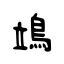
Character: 鴗